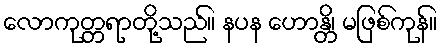
လောကုတ္တရာတို့သည်။ နပန ဟောန္တိ၊ မဖြစ်ကုန်။